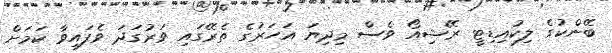
ބޭންކުގެ ލިކުއިޑިޓީ ރޭޝިއޯ ވެސް މިދިޔަ އަހަރުގެ ތެރޭގައި ވަރުގަދަ ވެފައިވާ ކަމަށް